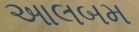
આલબમ